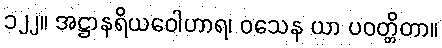
၁၂၂။ အဋ္ဌာနရိယဝေါဟာရ၊ ဝသေန ယာ ပဝတ္တိတာ။